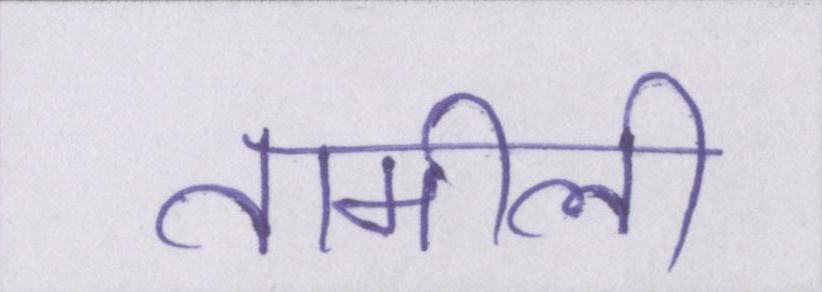
तामीली